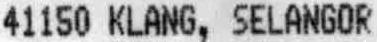
41150 KLANG, SELANGOR